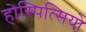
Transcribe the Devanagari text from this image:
होस्पित्सियो